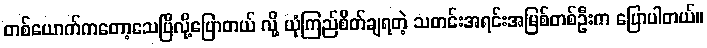
တစ်ယောက်ကတော့သေပြီလို့ပြောတယ် လို့ ယုံကြည်စိတ်ချရတဲ့ သတင်းအရင်းအမြစ်တစ်ဦးက ပြောပါတယ်။